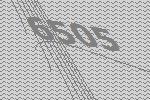
6505